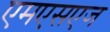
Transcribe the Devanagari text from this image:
एमएसएज